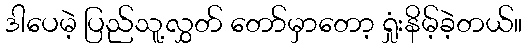
ဒါပေမဲ့ ပြည်သူ့လွှတ် တော်မှာတော့ ရှုံးနိမ့်ခဲ့တယ်။